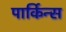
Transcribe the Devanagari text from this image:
पार्किन्स